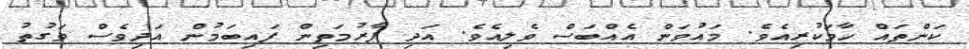
ކަންތައް ހާމަކުރިއެވެ. މައުވަން އެއްބަސް ވެލިއެވެ. އަދި ފާރުމަތިން ފައިބަމުން އަދިވެސް ވަގުތު